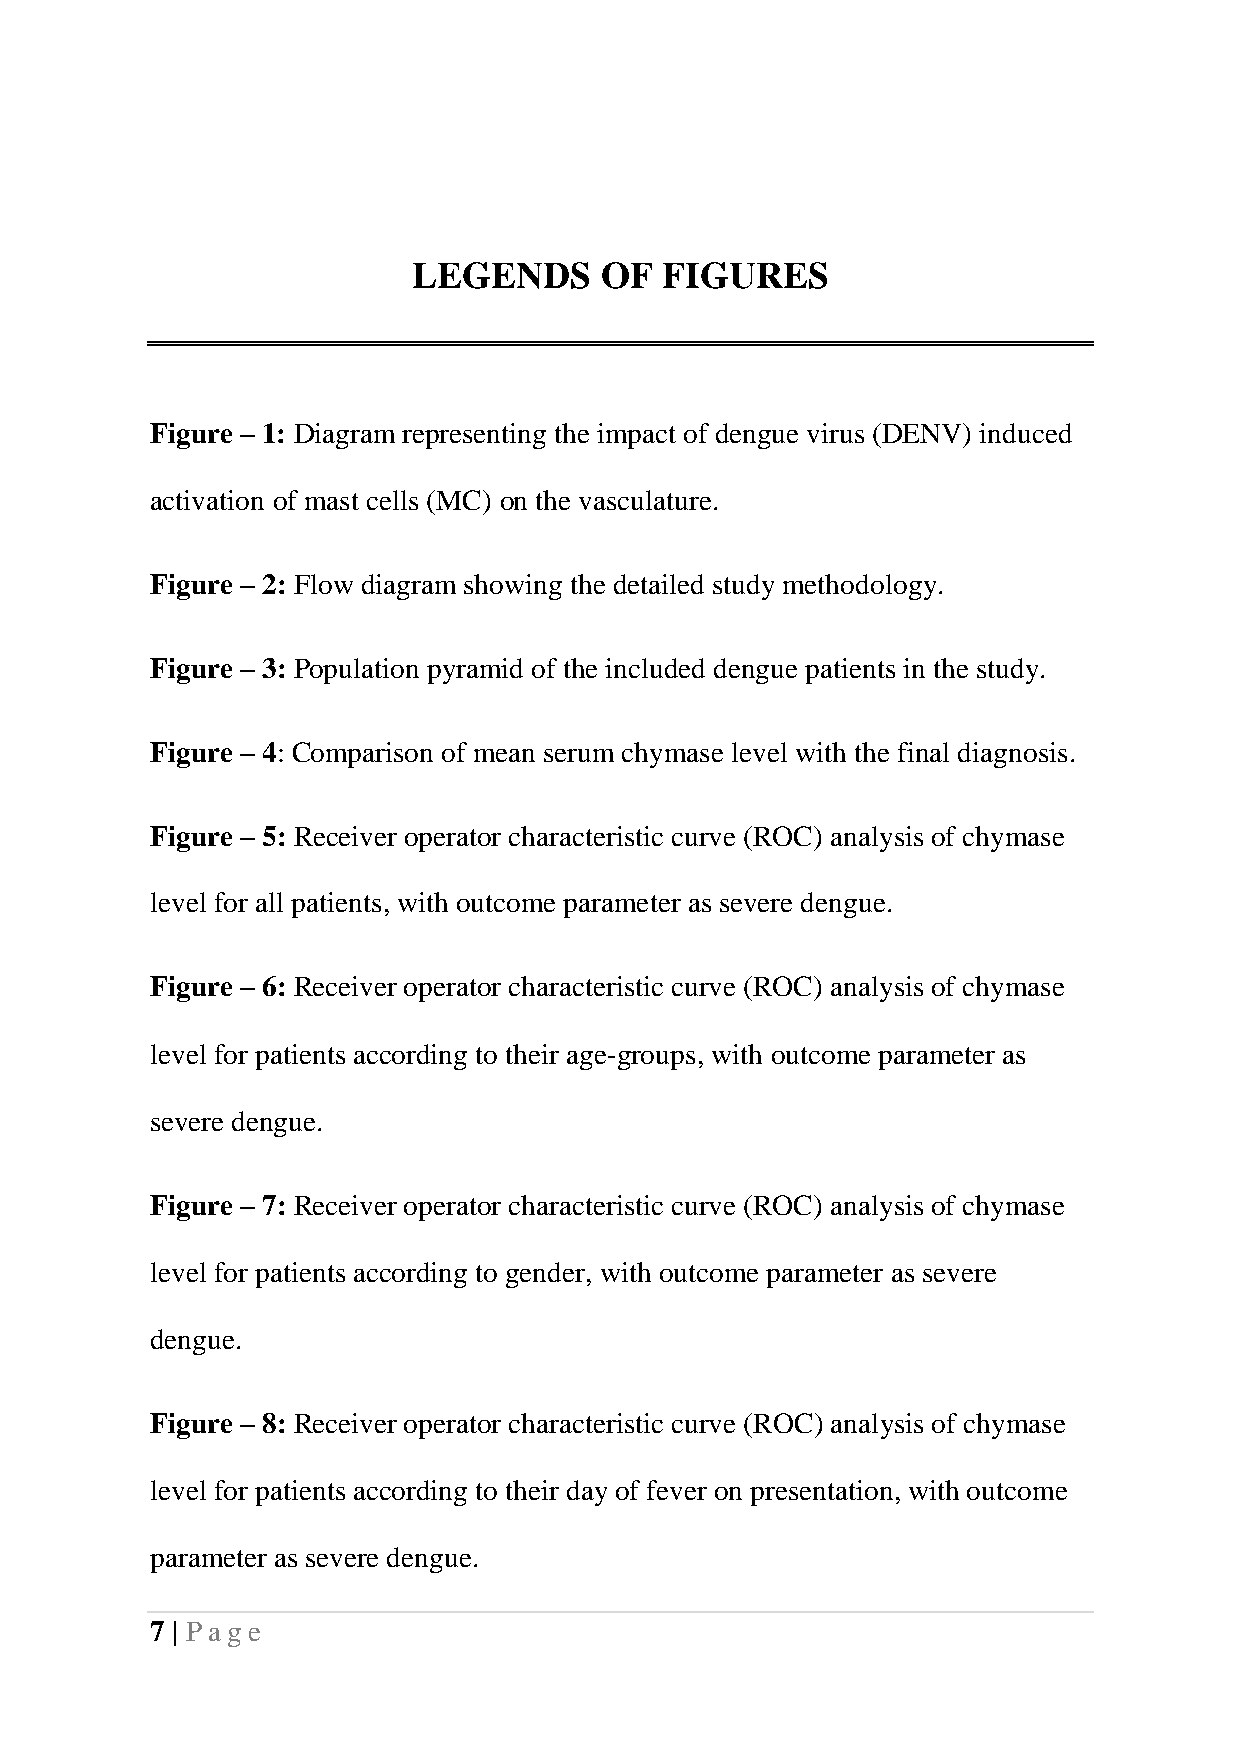
LEGENDS      OF  FIGURES
 Figure – 1: Diagram representing the impact of dengue virus (DENV) induced
 activation of mast cells (MC) on the vasculature.
 Figure – 2: Flow diagram showing the detailed study methodology.
 Figure – 3: Population pyramid of the included dengue patients in the study.
 Figure – 4: Comparison of mean serum chymase level with the final diagnosis.
 Figure – 5: Receiver operator characteristic curve (ROC) analysis of chymase
 level for all patients, with outcome parameter as severe dengue.
 Figure – 6: Receiver operator characteristic curve (ROC) analysis of chymase
 level for patients according to their age-groups, with outcome parameter as
 severe dengue.
 Figure – 7: Receiver operator characteristic curve (ROC) analysis of chymase
 level for patients according to gender, with outcome parameter as severe
 dengue.
 Figure – 8: Receiver operator characteristic curve (ROC) analysis of chymase
 level for patients according to their day of fever on presentation, with outcome
 parameter as severe dengue.
 7 | Pag e